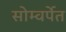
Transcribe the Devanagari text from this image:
सोम्वर्पेत